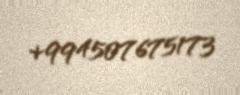
+994507675173